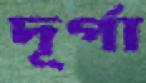
দূর্গা